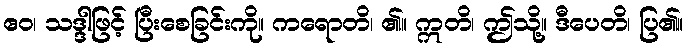
ဧဝ၊ သဒ္ဒါဖြင့် ပြီးစေခြင်းကို။ ကရောတိ၊ ၏။ ဣတိ၊ ဤသို့။ ဒီပေတိ၊ ပြ၏။